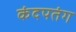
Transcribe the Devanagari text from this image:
कंदपतंग